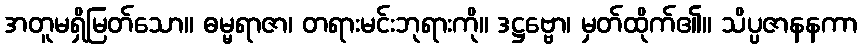
အတူမရှိမြတ်သော။ ဓမ္မရာဇာ၊ တရားမင်းဘုရားကို။ ဒဋ္ဌဗ္ဗော၊ မှတ်ထိုက်၏။ သိပ္ပဇာနနကာ